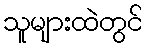
သူများထဲတွင်